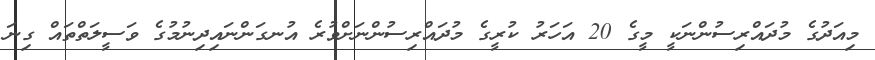
މިއަދުގެ މުދައްރިސުންނަކީ މީގެ 20 އަހަރު ކުރީގެ މުދައްރިސުންނަށްވުރެ އުނގަންނައިދިނުމުގެ ވަސީލަތްތައް ގިނަ